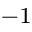
^ { - 1 }